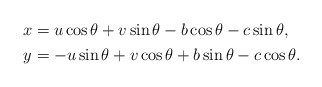
\begin{align*} \begin{aligned} x&=u\cos \theta +v\sin \theta -b\cos \theta -c\sin \theta,\\ y&=-u\sin \theta +v \cos \theta +b\sin \theta -c\cos \theta. \end{aligned} \end{align*}